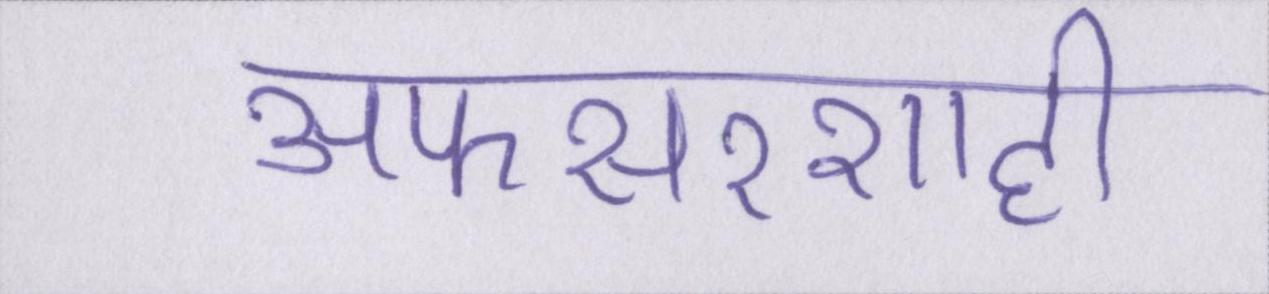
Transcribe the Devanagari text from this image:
अफसरशाही